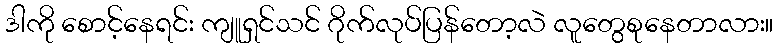
ဒါကို စောင့်နေရင်း ကျူရှင်သင် ဂိုက်လုပ်ပြန်တော့လဲ လူတွေစုနေတာလား။